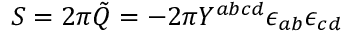
S = 2 \pi \tilde { Q } = - 2 \pi Y ^ { a b c d } \epsilon _ { a b } { \epsilon } _ { c d }